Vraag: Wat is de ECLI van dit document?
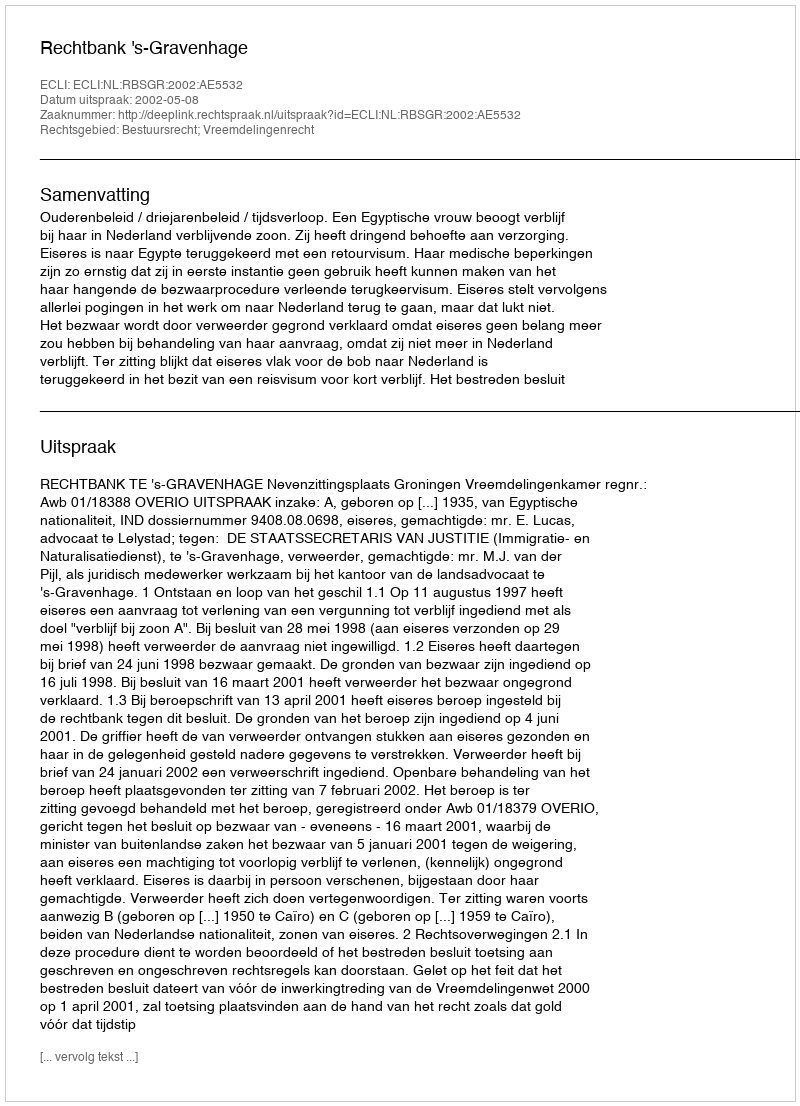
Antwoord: ECLI:NL:RBSGR:2002:AE5532